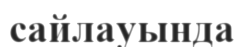
сайлауында